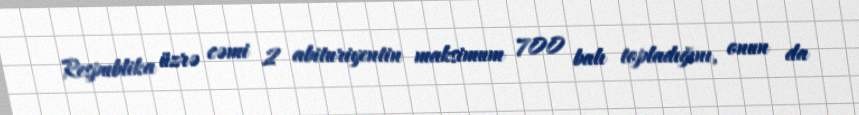
Respublika üzrə cəmi 2 abituriyentin maksimum 700 balı topladığını, onun da